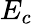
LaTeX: E_{c}